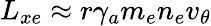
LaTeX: L_{xe}\approx r\gamma_{a}m_{e}n_{e}v_{\theta}